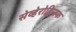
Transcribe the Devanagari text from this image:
सेव्हेरोद्विन्स्क